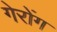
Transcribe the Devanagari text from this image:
गेरोंग